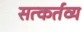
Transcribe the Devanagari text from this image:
सत्कर्तव्य